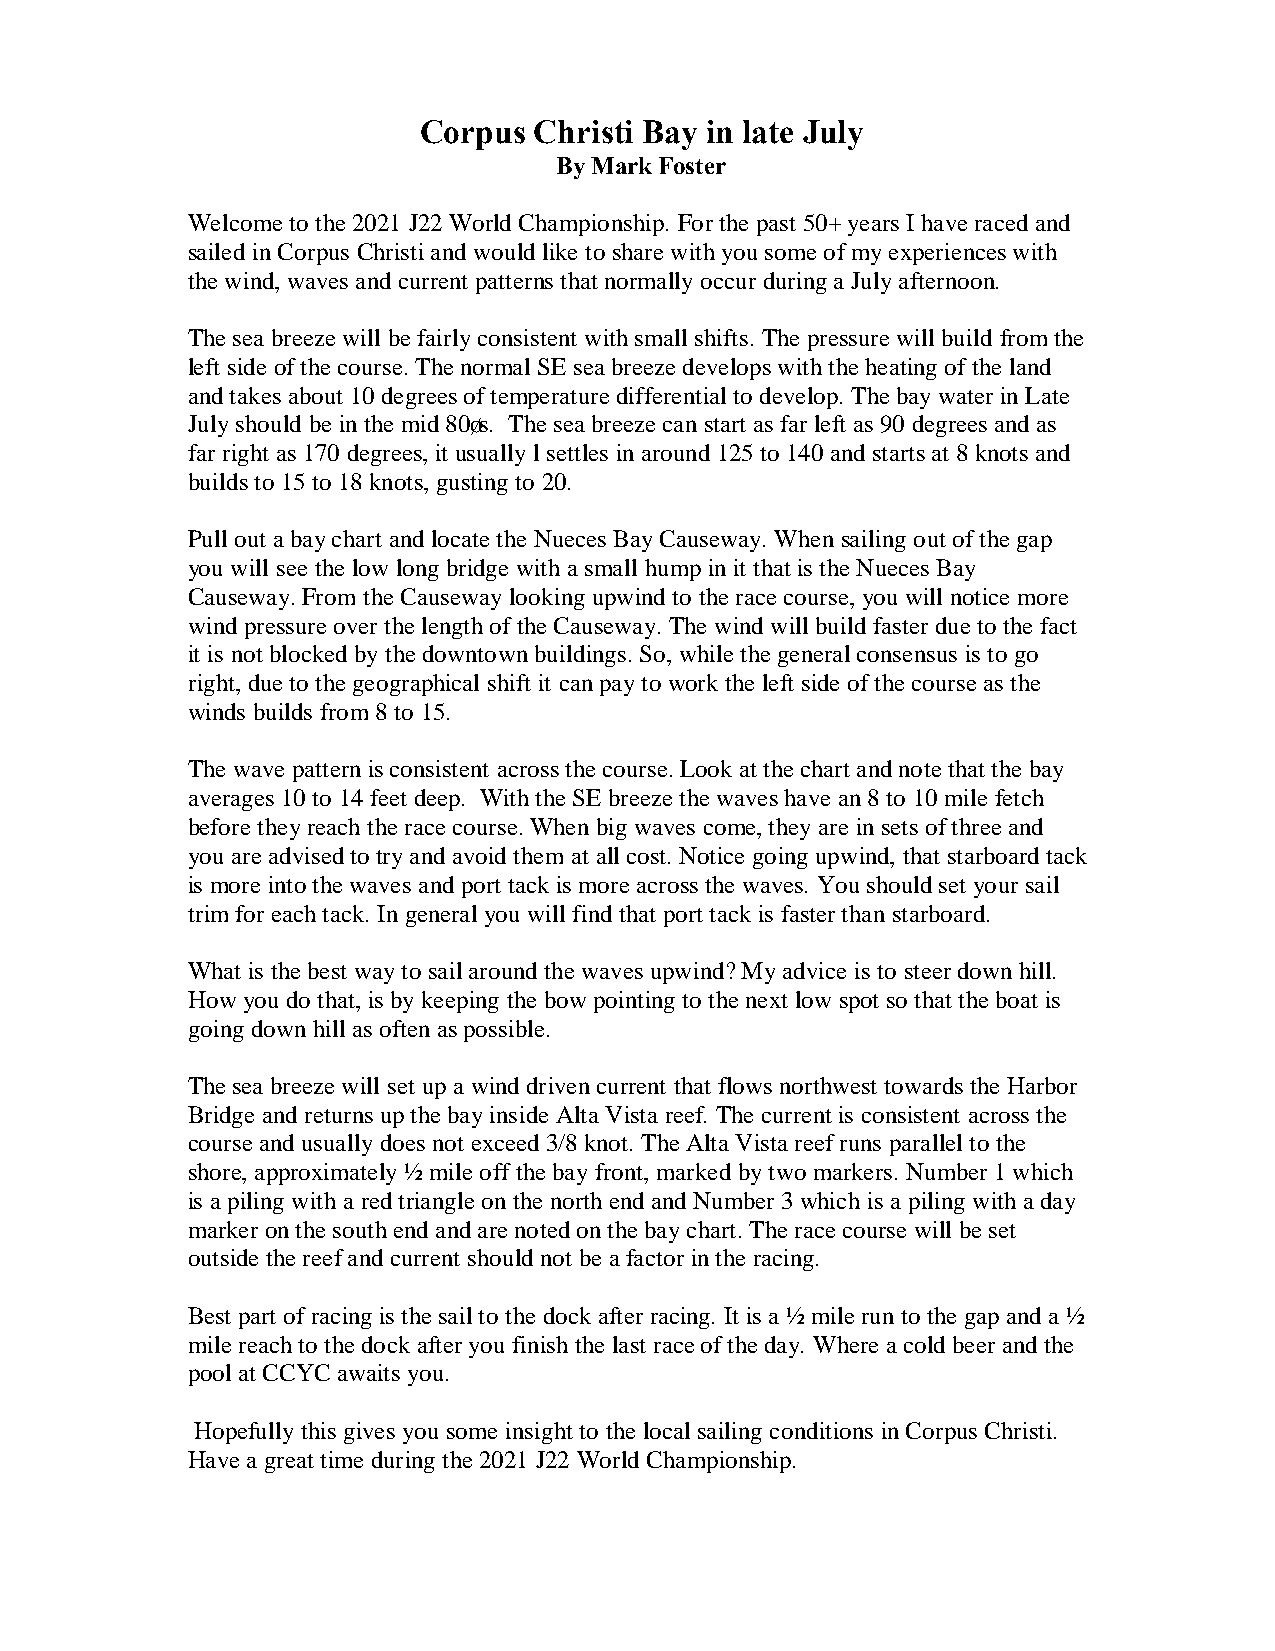
Corpus Christi Bay in late July
 By Mark Foster
 Welcome to the 2021 J22 World Championship. For the past 50+ years I have raced and
 sailed in Corpus Christi and would like to share with you some of my experiences with
 the wind, waves and current patterns that normally occur during a July afternoon.
 The sea breeze will be fairly consistent with small shifts. The pressure will build from the
 left side of the course. The normal SE sea breeze develops with the heating of the land
 and takes about 10 degrees of temperature differential to develop. The bay water in Late
 July should be in the mid 80’s. The sea breeze can start as far left as 90 degrees and as
 far right as 170 degrees, it usually l settles in around 125 to 140 and starts at 8 knots and
 builds to 15 to 18 knots, gusting to 20.
 Pull out a bay chart and locate the Nueces Bay Causeway. When sailing out of the gap
 you will see the low long bridge with a small hump in it that is the Nueces Bay
 Causeway. From the Causeway looking upwind to the race course, you will notice more
 wind pressure over the length of the Causeway. The wind will build faster due to the fact
 it is not blocked by the downtown buildings. So, while the general consensus is to go
 right, due to the geographical shift it can pay to work the left side of the course as the
 winds builds from 8 to 15.
 The wave pattern is consistent across the course. Look at the chart and note that the bay
 averages 10 to 14 feet deep. With the SE breeze the waves have an 8 to 10 mile fetch
 before they reach the race course. When big waves come, they are in sets of three and
 you are advised to try and avoid them at all cost. Notice going upwind, that starboard tack
 is more into the waves and port tack is more across the waves. You should set your sail
 trim for each tack. In general you will find that port tack is faster than starboard.
 What is the best way to sail around the waves upwind? My advice is to steer down hill.
 How you do that, is by keeping the bow pointing to the next low spot so that the boat is
 going down hill as often as possible.
 The sea breeze will set up a wind driven current that flows northwest towards the Harbor
 Bridge and returns up the bay inside Alta Vista reef. The current is consistent across the
 course and usually does not exceed 3/8 knot. The Alta Vista reef runs parallel to the
 shore, approximately ½ mile off the bay front, marked by two markers. Number 1 which
 is a piling with a red triangle on the north end and Number 3 which is a piling with a day
 marker on the south end and are noted on the bay chart. The race course will be set
 outside the reef and current should not be a factor in the racing.
 Best part of racing is the sail to the dock after racing. It is a ½ mile run to the gap and a ½
 mile reach to the dock after you finish the last race of the day. Where a cold beer and the
 pool at CCYC awaits you.
 Hopefully this gives you some insight to the local sailing conditions in Corpus Christi.
 Have a great time during the 2021 J22 World Championship.